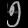
Digit: ၅